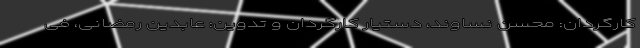
کارگردان: محسن نساوند، دستیار کارگردان و تدوین: عابدین رمضانی، فی